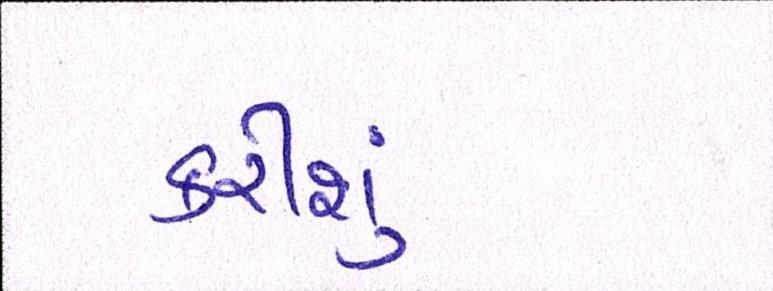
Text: કરીશું